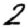
Digit: 2